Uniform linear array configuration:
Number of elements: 8
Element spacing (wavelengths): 0.75
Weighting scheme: cosine
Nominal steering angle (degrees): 15
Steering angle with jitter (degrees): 14.799
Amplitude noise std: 0.05
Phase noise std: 0.05

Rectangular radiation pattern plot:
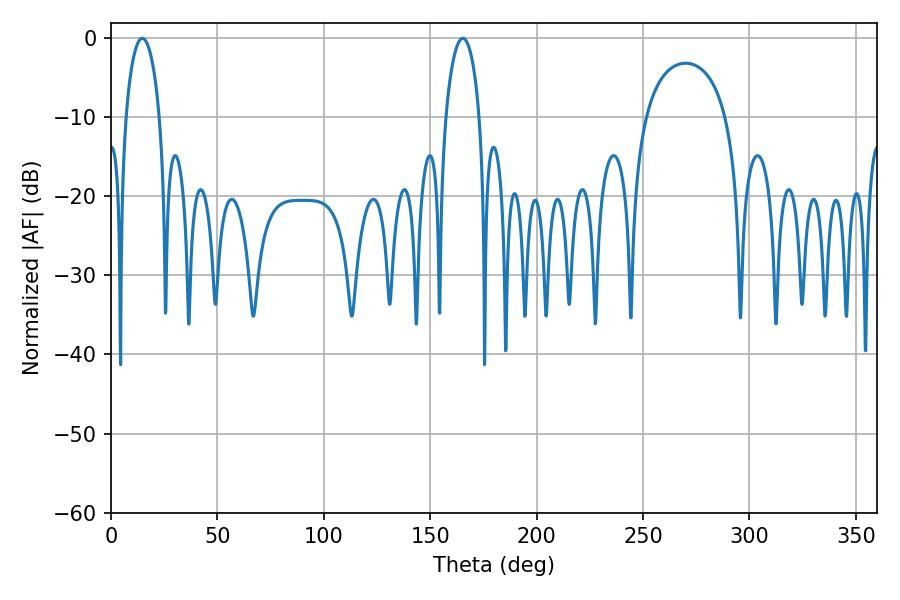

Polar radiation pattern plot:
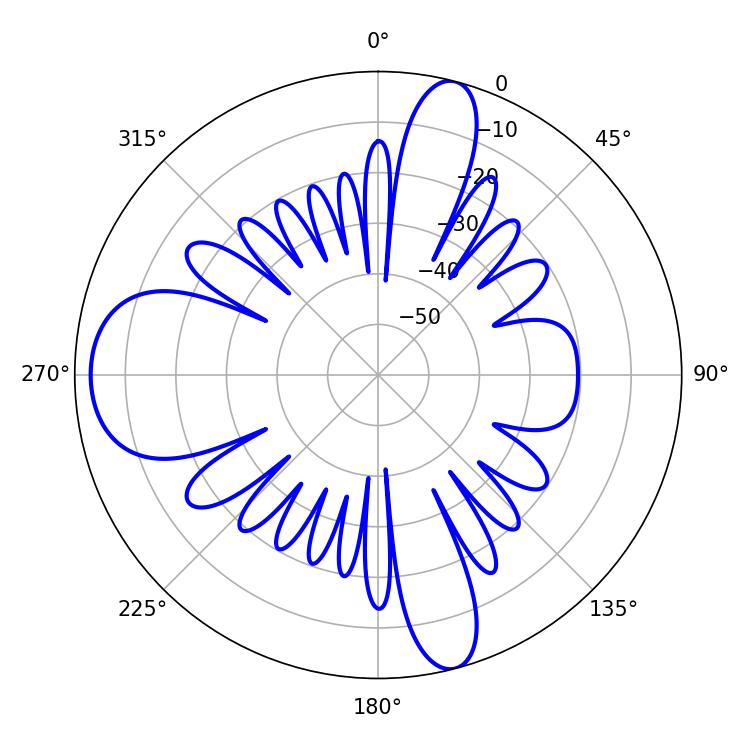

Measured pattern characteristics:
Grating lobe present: TRUE
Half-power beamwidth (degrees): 9
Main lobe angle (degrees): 14.76